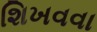
શિખવવા